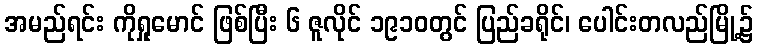
အမည်ရင်း ကိုရှုမောင် ဖြစ်ပြီး ၆ ဇူလိုင် ၁၉၁၀တွင် ပြည်ခရိုင်၊ ပေါင်းတလည်မြို့၌